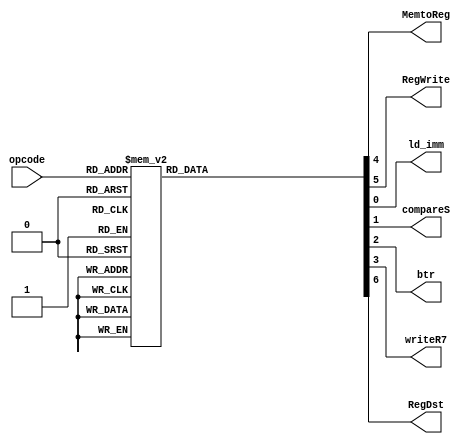
/* Author: Yunhe Liu & Wenxuan Mao
 * Team: MacroHard
 * This is the instruction decoder for our processor.
 */
module WB_control(
	//outputs
	MemtoReg,
	RegWrite,
	ld_imm,
	compareS,
	btr,
	writeR7,
        RegDst,
	
	//input
	opcode
);

        output reg MemtoReg;
	output reg RegWrite;
	output reg ld_imm;
	output reg compareS;
	output reg btr;
        output reg writeR7;
        output reg RegDst;

	input [4:0] opcode;
	
	always @ *
	begin
		MemtoReg = 1'b0;	//WB
		RegWrite = 1'b0;	//WB
	        ld_imm = 1'b0;		//WB
		compareS = 1'b0;	//WB
		btr = 1'b0;		//WB
		writeR7 = 1'b0;		//WB
                RegDst = 1'b0;          //WB

		case(opcode)
			5'b00000 : //TODO - HALT_1/38
			begin	
				MemtoReg = 1'b0;
				RegWrite = 1'b0;
				RegDst = 1'b0;
			end

			5'b00001 : //TODO - NOP_2/38
			begin	
				MemtoReg = 1'b0;
				RegWrite = 1'b0;
				RegDst = 1'b0;
			end
		
			5'b01000 : //ADDI_3/38
			begin	
				MemtoReg = 1'b0;
				RegWrite = 1'b1;
				RegDst = 1'b1;
			end

			5'b01001 : //SUBI_4/38
			begin	
				MemtoReg = 1'b0;
				RegWrite = 1'b1;
				RegDst = 1'b1;
			end
			
			5'b01010 : //XOR1_5/38
			begin	
				MemtoReg = 1'b0;
	
				RegWrite = 1'b1;
				RegDst = 1'b1;
			end

			5'b01011 : //ANDNI_6/38
			begin	
				MemtoReg = 1'b0;
				RegWrite = 1'b1;
				RegDst = 1'b1;
			end

			5'b10100 : //ROLI_7/38
			begin	
				MemtoReg = 1'b0;
				RegWrite = 1'b1;
				RegDst = 1'b1;
			end

			5'b10101 : //SLLI_8/38
			begin	
				MemtoReg = 1'b0;
				RegWrite = 1'b1;
				RegDst = 1'b1;
			end

			5'b10110 : //RORI_9/38
			begin	
				MemtoReg = 1'b0;
				RegWrite = 1'b1;
				RegDst = 1'b1;
			end

			5'b10111 : //SRLI_10/38
			begin	
				MemtoReg = 1'b0;
				RegWrite = 1'b1;
				RegDst = 1'b1;
			end

			5'b10000 : //ST_11/38
			begin	
				MemtoReg = 1'b0;
				RegWrite = 1'b0;
				
				RegDst = 1'b0;
			end

			5'b10001 : //LD_12/38
			begin	
				MemtoReg = 1'b1;
				RegWrite = 1'b1;
				RegDst = 1'b1;
				
			end

			5'b10011 : //STU_13/38
			begin	
				MemtoReg = 1'b0;
				RegWrite = 1'b1;
				
				RegDst = 1'b0;
			end

			5'b11001 : //BTR_14/38 -TODO
			begin	
				MemtoReg = 1'b0;
				RegWrite = 1'b1;
				btr = 1'b1;
				RegDst = 1'b1;	
			end

			5'b11011 : //ADD,SUB,XOR,ANDN_15-18/38
			begin	
				MemtoReg = 1'b0;
				RegWrite = 1'b1;
				RegDst = 1'b1;
			end

			5'b11010 : //ROL,SLL,ROR,SRL_19-22/38
			begin	
				MemtoReg = 1'b0;
				RegWrite = 1'b1;
				RegDst = 1'b1;
			end

			5'b11100 : //SEQ_23/38
			begin	
				MemtoReg = 1'b0;
				RegWrite = 1'b1;
				compareS = 1'b1;
				RegDst = 1'b1;
			end

			5'b11101 : //SLT_24/38
			begin	
				MemtoReg = 1'b0;
				RegWrite = 1'b1;
				compareS = 1'b1;
				RegDst = 1'b1;
			end

			5'b11110 : //SLE_25/38
			begin	
				MemtoReg = 1'b0;
				RegWrite = 1'b1;
				compareS = 1'b1;
				RegDst = 1'b1;
			end

			5'b11111 : //SCO_26/38
			begin	
				MemtoReg = 1'b0;
				RegWrite = 1'b1;
				compareS = 1'b1;
				RegDst = 1'b1;
			end

			5'b01100 : //BEQZ_27/38
			begin	
				MemtoReg = 1'b0;
				
				RegWrite = 1'b0;
				RegDst = 1'b0;
			end

			5'b01101 : //BNEZ_28/38
			begin	
				MemtoReg = 1'b0;
				RegWrite = 1'b0;
				RegDst = 1'b0;
			end

			5'b01110 : //BLTZ_29/38
			begin	
				MemtoReg = 1'b0;
				RegWrite = 1'b0;
				RegDst = 1'b0;
			end

			5'b01111 : //BGEZ_30/38
			begin	
				MemtoReg = 1'b0;
				RegWrite = 1'b0;
				RegDst = 1'b0;
			end

			5'b11000 : //LBI_31/38
			begin	
				MemtoReg = 1'b0;
				RegWrite = 1'b1;
				ld_imm = 1'b1;
				RegDst = 1'b0;
			end

			5'b10010 : //SLBI_32/38
			begin	
				MemtoReg = 1'b0;
				RegWrite = 1'b1;
				RegDst = 1'b0;
			end

			5'b00100 : //J_33/38
			begin	
				MemtoReg = 1'b0;
				RegWrite = 1'b0;
				RegDst = 1'b0;
			end

			5'b00101 : //JR_34/38
			begin	
				MemtoReg = 1'b0;
				RegWrite = 1'b0;
				RegDst = 1'b0;
			end

			5'b00110 : //JAL_35/38
			begin	
				MemtoReg = 1'b0;
				RegWrite = 1'b1;
				writeR7 = 1'b1;
				RegDst = 1'b1;
			end

			5'b00111 : //JALR_36/38
			begin	
				MemtoReg = 1'b0;
				RegWrite = 1'b1;
				writeR7 = 1'b1;
				RegDst = 1'b1;
			end

			5'b00010 : //TODO - siic Rs_37/38
			begin	
				MemtoReg = 1'b0;
				RegWrite = 1'b0;
				RegDst = 1'b0;
			end

			5'b00011 : //TODO - NOP/RTI_38/38
			begin	
				MemtoReg = 1'b0;
				RegWrite = 1'b0;
				RegDst = 1'b0;
			end
		
			default: //TODO
			begin	
				MemtoReg = 1'b0;
				RegWrite = 1'b0;
				RegDst = 1'b0;
			end
	
		endcase
	end
	
endmodule